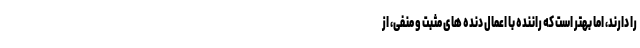
را دارند، اما بهتر است که راننده با اعمال دنده های مثبت و منفی، از